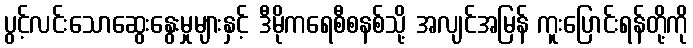
ပွင့်လင်းသောဆွေးနွေးမှုများနှင့် ဒီမိုကရေစီစနစ်သို့ အလျင်အမြန် ကူးပြောင်းရန်တို့ကို